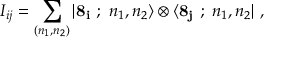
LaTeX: { \cal I } _ { i j } = \sum _ { ( n _ { 1 } , n _ { 2 } ) } | { \bf 8 _ { i } } \ ; \ n _ { 1 } , n _ { 2 } \rangle \otimes \langle { \bf 8 _ { j } } \ ; \ n _ { 1 } , n _ { 2 } | \ ,